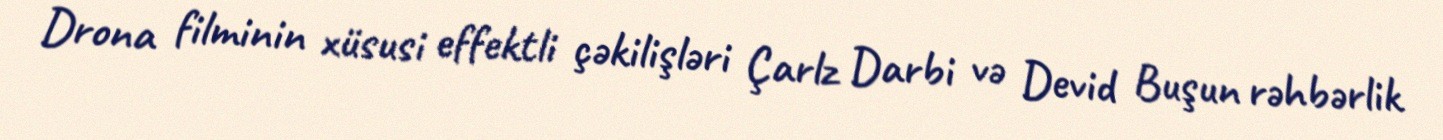
Drona filminin xüsusi effektli çəkilişləri Çarlz Darbi və Devid Buşun rəhbərlik